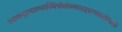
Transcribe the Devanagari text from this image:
ध्यानम्‌रक्ताम्भास्थिपोतोल्लसदरुणसरोजाङ